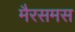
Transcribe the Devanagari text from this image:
मैरसमस